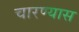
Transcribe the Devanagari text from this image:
चारण्यास